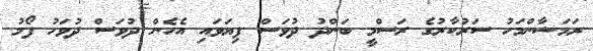
ރަމަޟާންމަހު ސަރުކާރުގެ ރަސްމީ ބަންދު ދުވަސް ފިޔަވައި އެހެން ދުވަސް ދުވަހު ފޯމު